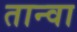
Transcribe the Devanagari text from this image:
तान्वा